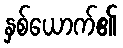
နှစ်ယောက်၏